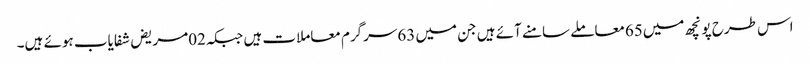
اس طرح پونچھ میں65معاملے سامنے آئے ہیں جن میں 63سرگرم معاملات ہیں جبکہ02مریض شفایاب ہوئے ہیں۔